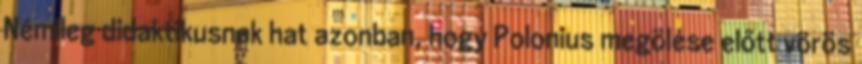
Némileg didaktikusnak hat azonban, hogy Polonius megölése előtt vörös